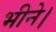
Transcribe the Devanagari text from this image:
भीने।